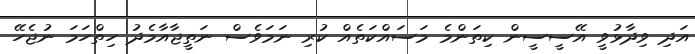
އަދި ވިދާޅުވީ އޭސީސީން ކިތަންމެ މަސައްކަތެއް ކުރި ނަމަވެސް ނަތީޖާއާމެދު ހިތްހަމަ ނުޖެހޭ